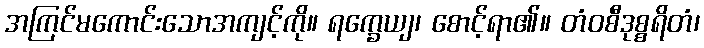
အကြင်မကောင်းသောအကျင့်ကို။ ရက္ခေယျ၊ စောင့်ရာ၏။ တံဝစီဒုစ္စရိတံ၊